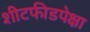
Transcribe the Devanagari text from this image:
शीटफीडपेक्षा